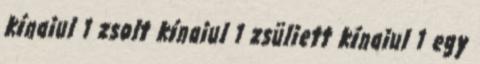
kínaiul 1 zsolt kínaiul 1 zsüliett kínaiul 1 egy